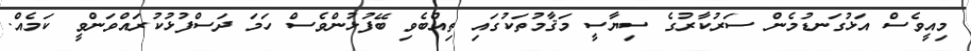
މިއީވެސް އަޅުގަނޑުމެން ސަރުކާރުގެ ސިޔާސީ މަޤާމުތަކުގައި ތިއްބެވި ބޭފުޅުންވެސް ހަމަ ދަސްފުޅުކުރައްވަންވީ ކަމެއް.